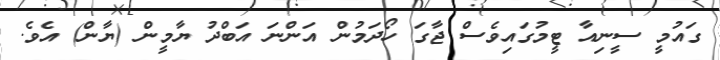
ގައުމީ ސީނިއާ ޓީމުގައިވެސް ޖާގަ ހޯދަމުން އަންނަ އަބްދު ޔާމީން (ޔާން) އެވެ.